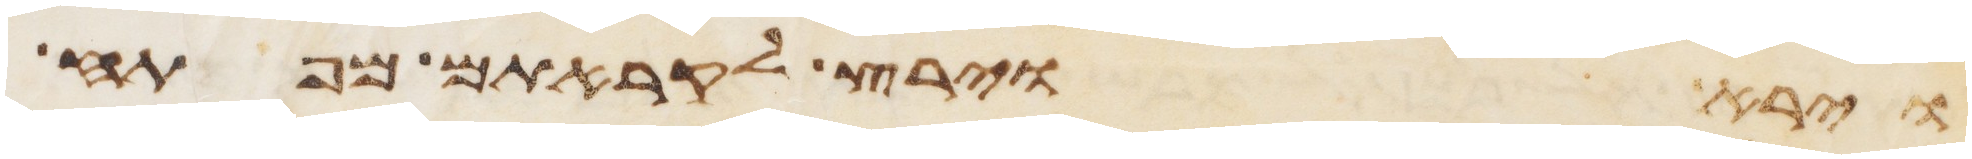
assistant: וירא וירץ לקראתם מפתח